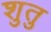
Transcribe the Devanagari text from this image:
शुतु